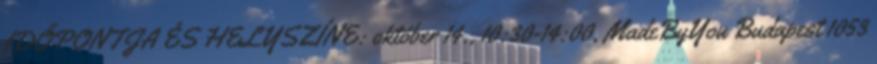
IDŐPONTJA ÉS HELYSZÍNE: október 14., 10:30-14:00, MadeByYou Budapest 1053